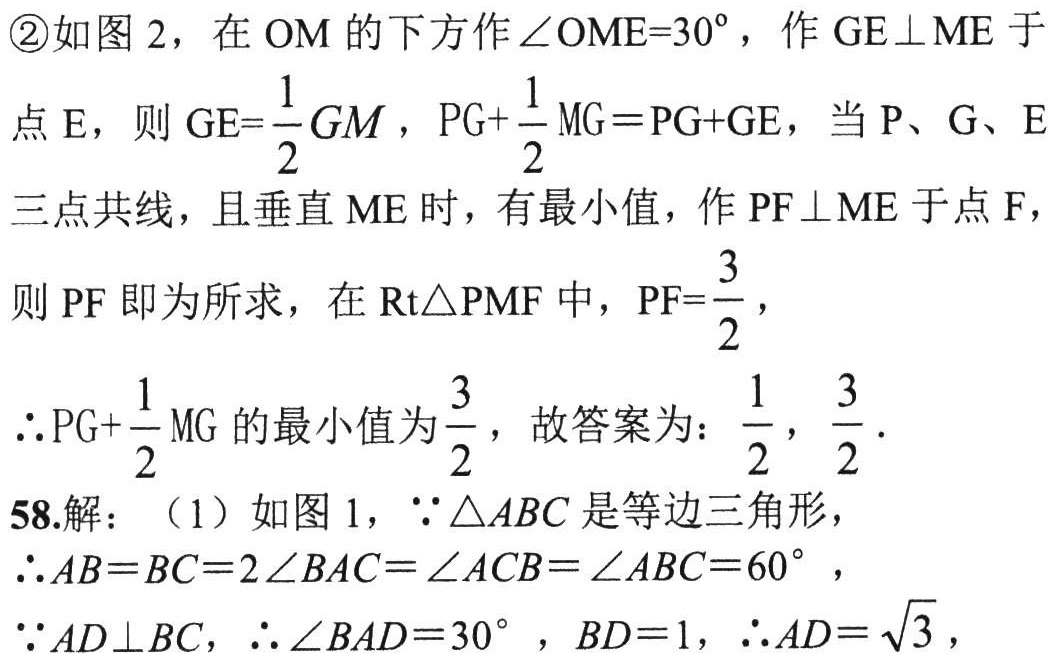
\textcircled{2}如图 2，在 \(OM\) 的下方作\(\angle OME = 30^{\circ}\)，作 \(GE\perp ME\) 于
点 \(E\)，则 \(GE = \frac{1}{2}GM\)，\(PG+\frac{1}{2}MG=PG + GE\)，当 \(P\)、\(G\)、\(E\)
三点共线，且垂直 \(ME\) 时，有最小值，作 \(PF\perp ME\) 于点 \(F\)，
则 \(PF\) 即为所求，在 \(\text{Rt}\triangle PMF\) 中，\(PF = \frac{3}{2}\)，
\(\therefore PG+\frac{1}{2}MG\) 的最小值为 \(\frac{3}{2}\)，故答案为：\(\frac{1}{2}\)，\(\frac{3}{2}\).
58.解：（1）如图 1，\(\because\triangle ABC\) 是等边三角形，
\(\therefore AB = BC = 2\angle BAC=\angle ACB=\angle ABC = 60^{\circ}\)，
\(\because AD\perp BC\)，\(\therefore\angle BAD = 30^{\circ}\)，\(BD = 1\)，\(\therefore AD=\sqrt{3}\)，